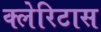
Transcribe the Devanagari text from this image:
क्लेरिटास